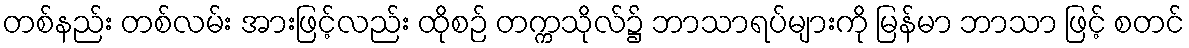
တစ်နည်း တစ်လမ်း အားဖြင့်လည်း ထိုစဉ် တက္ကသိုလ်၌ ဘာသာရပ်များကို မြန်မာ ဘာသာ ဖြင့် စတင်